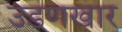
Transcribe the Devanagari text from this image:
उडणखार